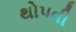
થોપવી